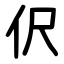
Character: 伬